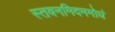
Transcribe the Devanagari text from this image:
स्तवनमिदममोघं